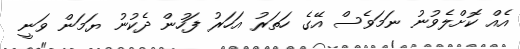
އެއް ކޮށްލެވުނު ނަމަވެސް އޭގެ ހަތަރު އަހަރު ފަހުން ދެކުނު ޔަމަން ވަނީ